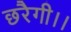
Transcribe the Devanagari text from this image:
छरैगी।।